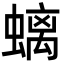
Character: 螭